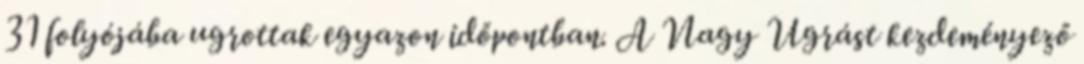
31 folyójába ugrottak egyazon időpontban. A Nagy Ugrást kezdeményező